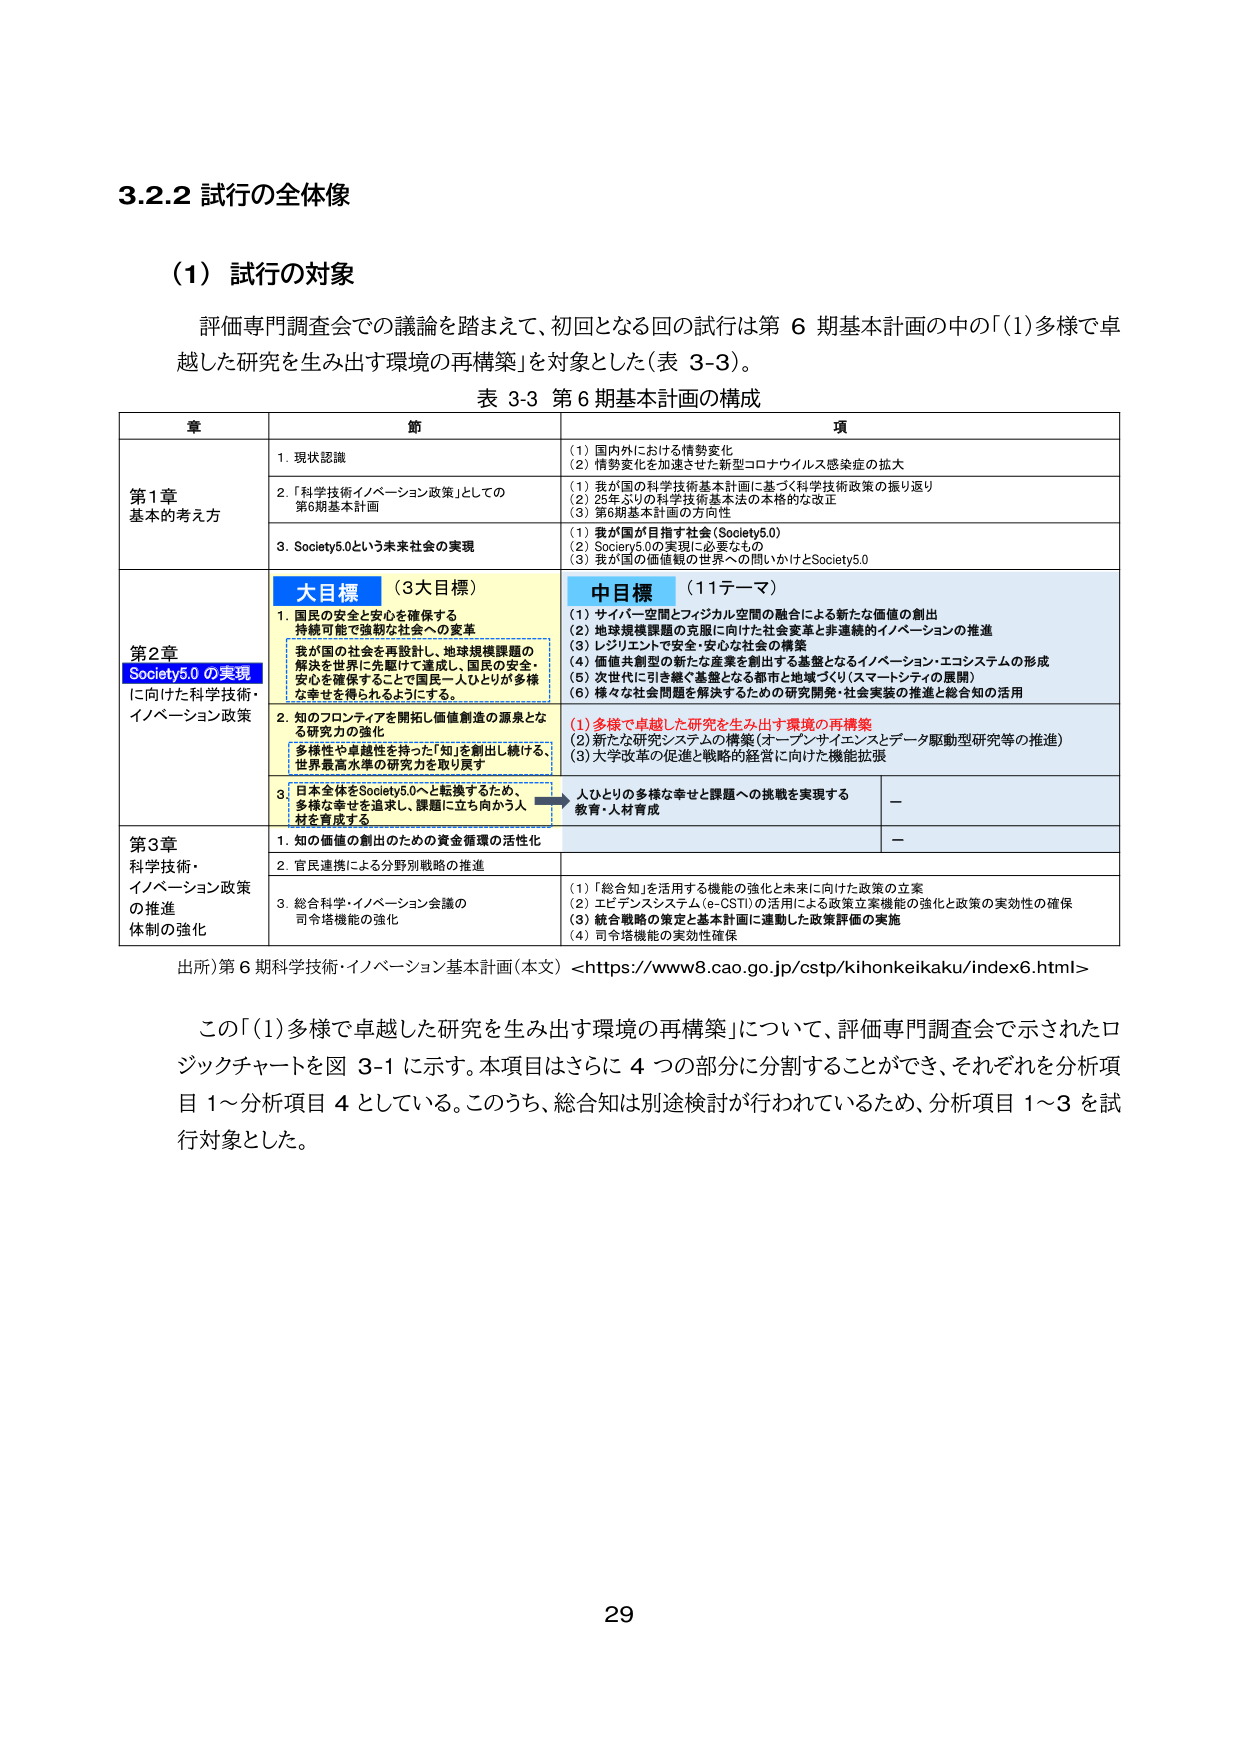
3.2.2 試行の全体像

(1) 試行の対象

評価専門調査会での議論を踏まえて、初回となる回の試行は第6期基本計画の中の「(1)多様で卓越した研究を生み出す環境の再構築」を対象とした（表3-3）。

表3-3 第6期基本計画の構成

章 節 項

第1章 基本的考え方
1. 現状認識
(1) 国内外における情勢変化
(2) 情勢変化を加速させた新型コロナウイルス感染症の拡大

2. 「科学技術イノベーション政策」としての第6期基本計画
(1) 我が国の科学技術基本計画に基づく科学技術政策の振り返り
(2) 25年ぶりの科学技術基本法の本格的な改正
(3) 第6期基本計画の方向性

3. Society5.0という未来社会の実現
(1) 我が国が目指す社会（Society5.0）
(2) Society5.0の実現に必要なもの
(3) 我が国の価値観の世界への問いかけとSociety5.0

第2章 Society5.0の実現に向けた科学技術・イノベーション政策
大目標 （3大目標）
1. 国民の安全と安心を確保する持続可能で強靭な社会への変革
我が国の社会を再設計し、地球規模課題の解決を世界に先駆けて達成し、国民の安全・安心を確保することで国民一人ひとりが多様な幸せを得られるようにする。

2. 知のフロンティアを開拓し価値創造の源泉となる研究力の強化
多様性や卓越性を持った「知」を創出し続ける、世界最高水準の研究を取り戻す

3. 日本全体をSociety5.0へと転換するため、多様な幸せを追求し、課題に立ち向かう人材を育成する

中目標 （11テーマ）
(1) サイバー空間とフィジカル空間の融合による新たな価値の創出
(2) 地球規模課題の克服に向けた社会変革と非連続的イノベーションの推進
(3) レジリエントで安全・安心な社会の構築
(4) 価値共創型の新たな産業を創出する基盤となるイノベーション・エコシステムの形成
(5) 次世代に引き継ぐ基盤となる都市と地域づくり（スマートシティの展開）
(6) 様々な社会問題を解決するための研究開発・社会実装の推進と総合知の活用

(1) 多様で卓越した研究を生み出す環境の再構築
(2) 新たな研究システムの構築（オープンサイエンスとデータ駆動型研究等の推進）
(3) 大学改革の促進と戦略的経営に向けた機能拡張

人ひとりの多様な幸せと課題への挑戦を実現する
教育・人材育成

第3章 科学技術・イノベーション政策の推進体制の強化
1. 知の価値の創出のための資金循環の活性化

2. 官民連携による分野別戦略の推進

3. 総合科学・イノベーション会議の司令塔機能の強化
(1) 「総合知」を活用する機能の強化と未来に向けた政策の立案
(2) エビデンスシステム（e-CSTI）の活用による政策立案機能の強化と政策の実効性の確保
(3) 統合戦略の策定と基本計画に連動した政策評価の実施
(4) 司令塔機能の実効性確保

出所）第6期科学技術・イノベーション基本計画（本文）<https://www8.cao.go.jp/cstp/kihonkeikaku/index6.html>

この「(1)多様で卓越した研究を生み出す環境の再構築」について、評価専門調査会で示されたロジックチャートを図3-1に示す。本項目はさらに4つの部分に分割することができ、それぞれを分析項目1～分析項目4としている。このうち、総合知は別途検討が行われているため、分析項目1～3を試行対象とした。

29